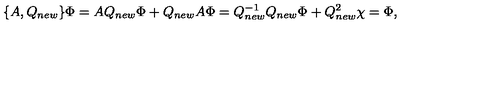
\{ A , Q _ { n e w } \} \Phi = A Q _ { n e w } \Phi + Q _ { n e w } A \Phi = Q _ { n e w } ^ { - 1 } Q _ { n e w } \Phi + Q _ { n e w } ^ { 2 } \chi = \Phi ,